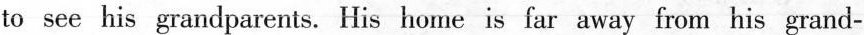
to see his grandparents. His home is far away from his grand-